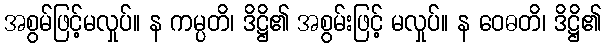
အစွမ်ဖြင့်မလှုပ်။ န ကမ္ပတိ၊ ဒိဋ္ဌိ၏ အစွမ်းဖြင့် မလှုပ်။ န ဝေဓတိ၊ ဒိဋ္ဌိ၏